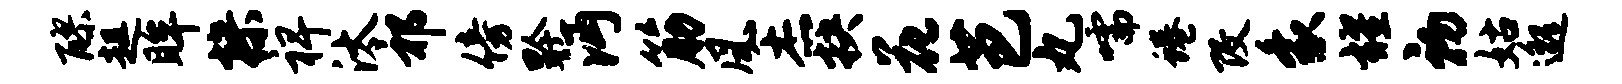
醪趄眸操裨汰祁傍黔沔筋风杰抉花芭丸嚅蜷改象耀初姑邈